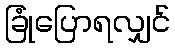
ခြုံပြောရလျှင်